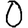
Digit: 0